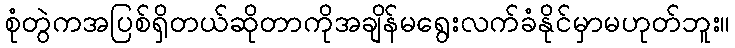
စုံတွဲကအပြစ်ရှိတယ်ဆိုတာကိုအချိန်မရွေးလက်ခံနိုင်မှာမဟုတ်ဘူး။